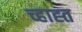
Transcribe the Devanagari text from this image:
च्हाह्त